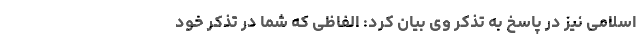
اسلامی نیز در پاسخ به تذکر وی بیان کرد: الفاظی که شما در تذکر خود